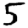
Digit: 5